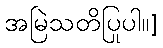
အမြဲသတိပြုပါ။]